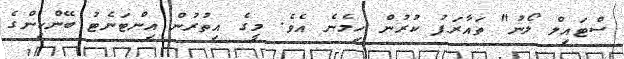
ސްޓައިލް ލޯނު" ތައާރަފު ކުރުން ހިމެނެ އެވެ. މީގެ އިތުރުން އިންޓަނެޓު ބޭންކިންގެ